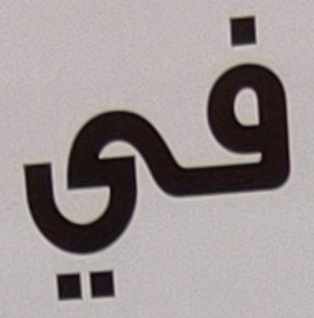
في